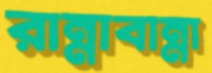
রান্নাবান্না